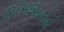
ફિઝિશિયનોએ